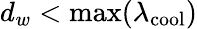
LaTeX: d_{w}<\operatorname*{max}(\lambda_{\mathrm{cool}})